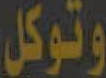
وتوكل